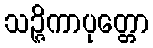
သဉ္ဇိကာပုတ္တော